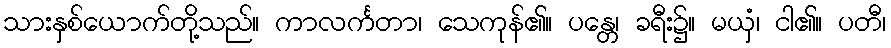
သားနှစ်ယောက်တို့သည်။ ကာလင်္ကတာ၊ သေကုန်၏။ ပန္တေ၊ ခရီး၌။ မယှံ၊ ငါ၏။ ပတီ၊